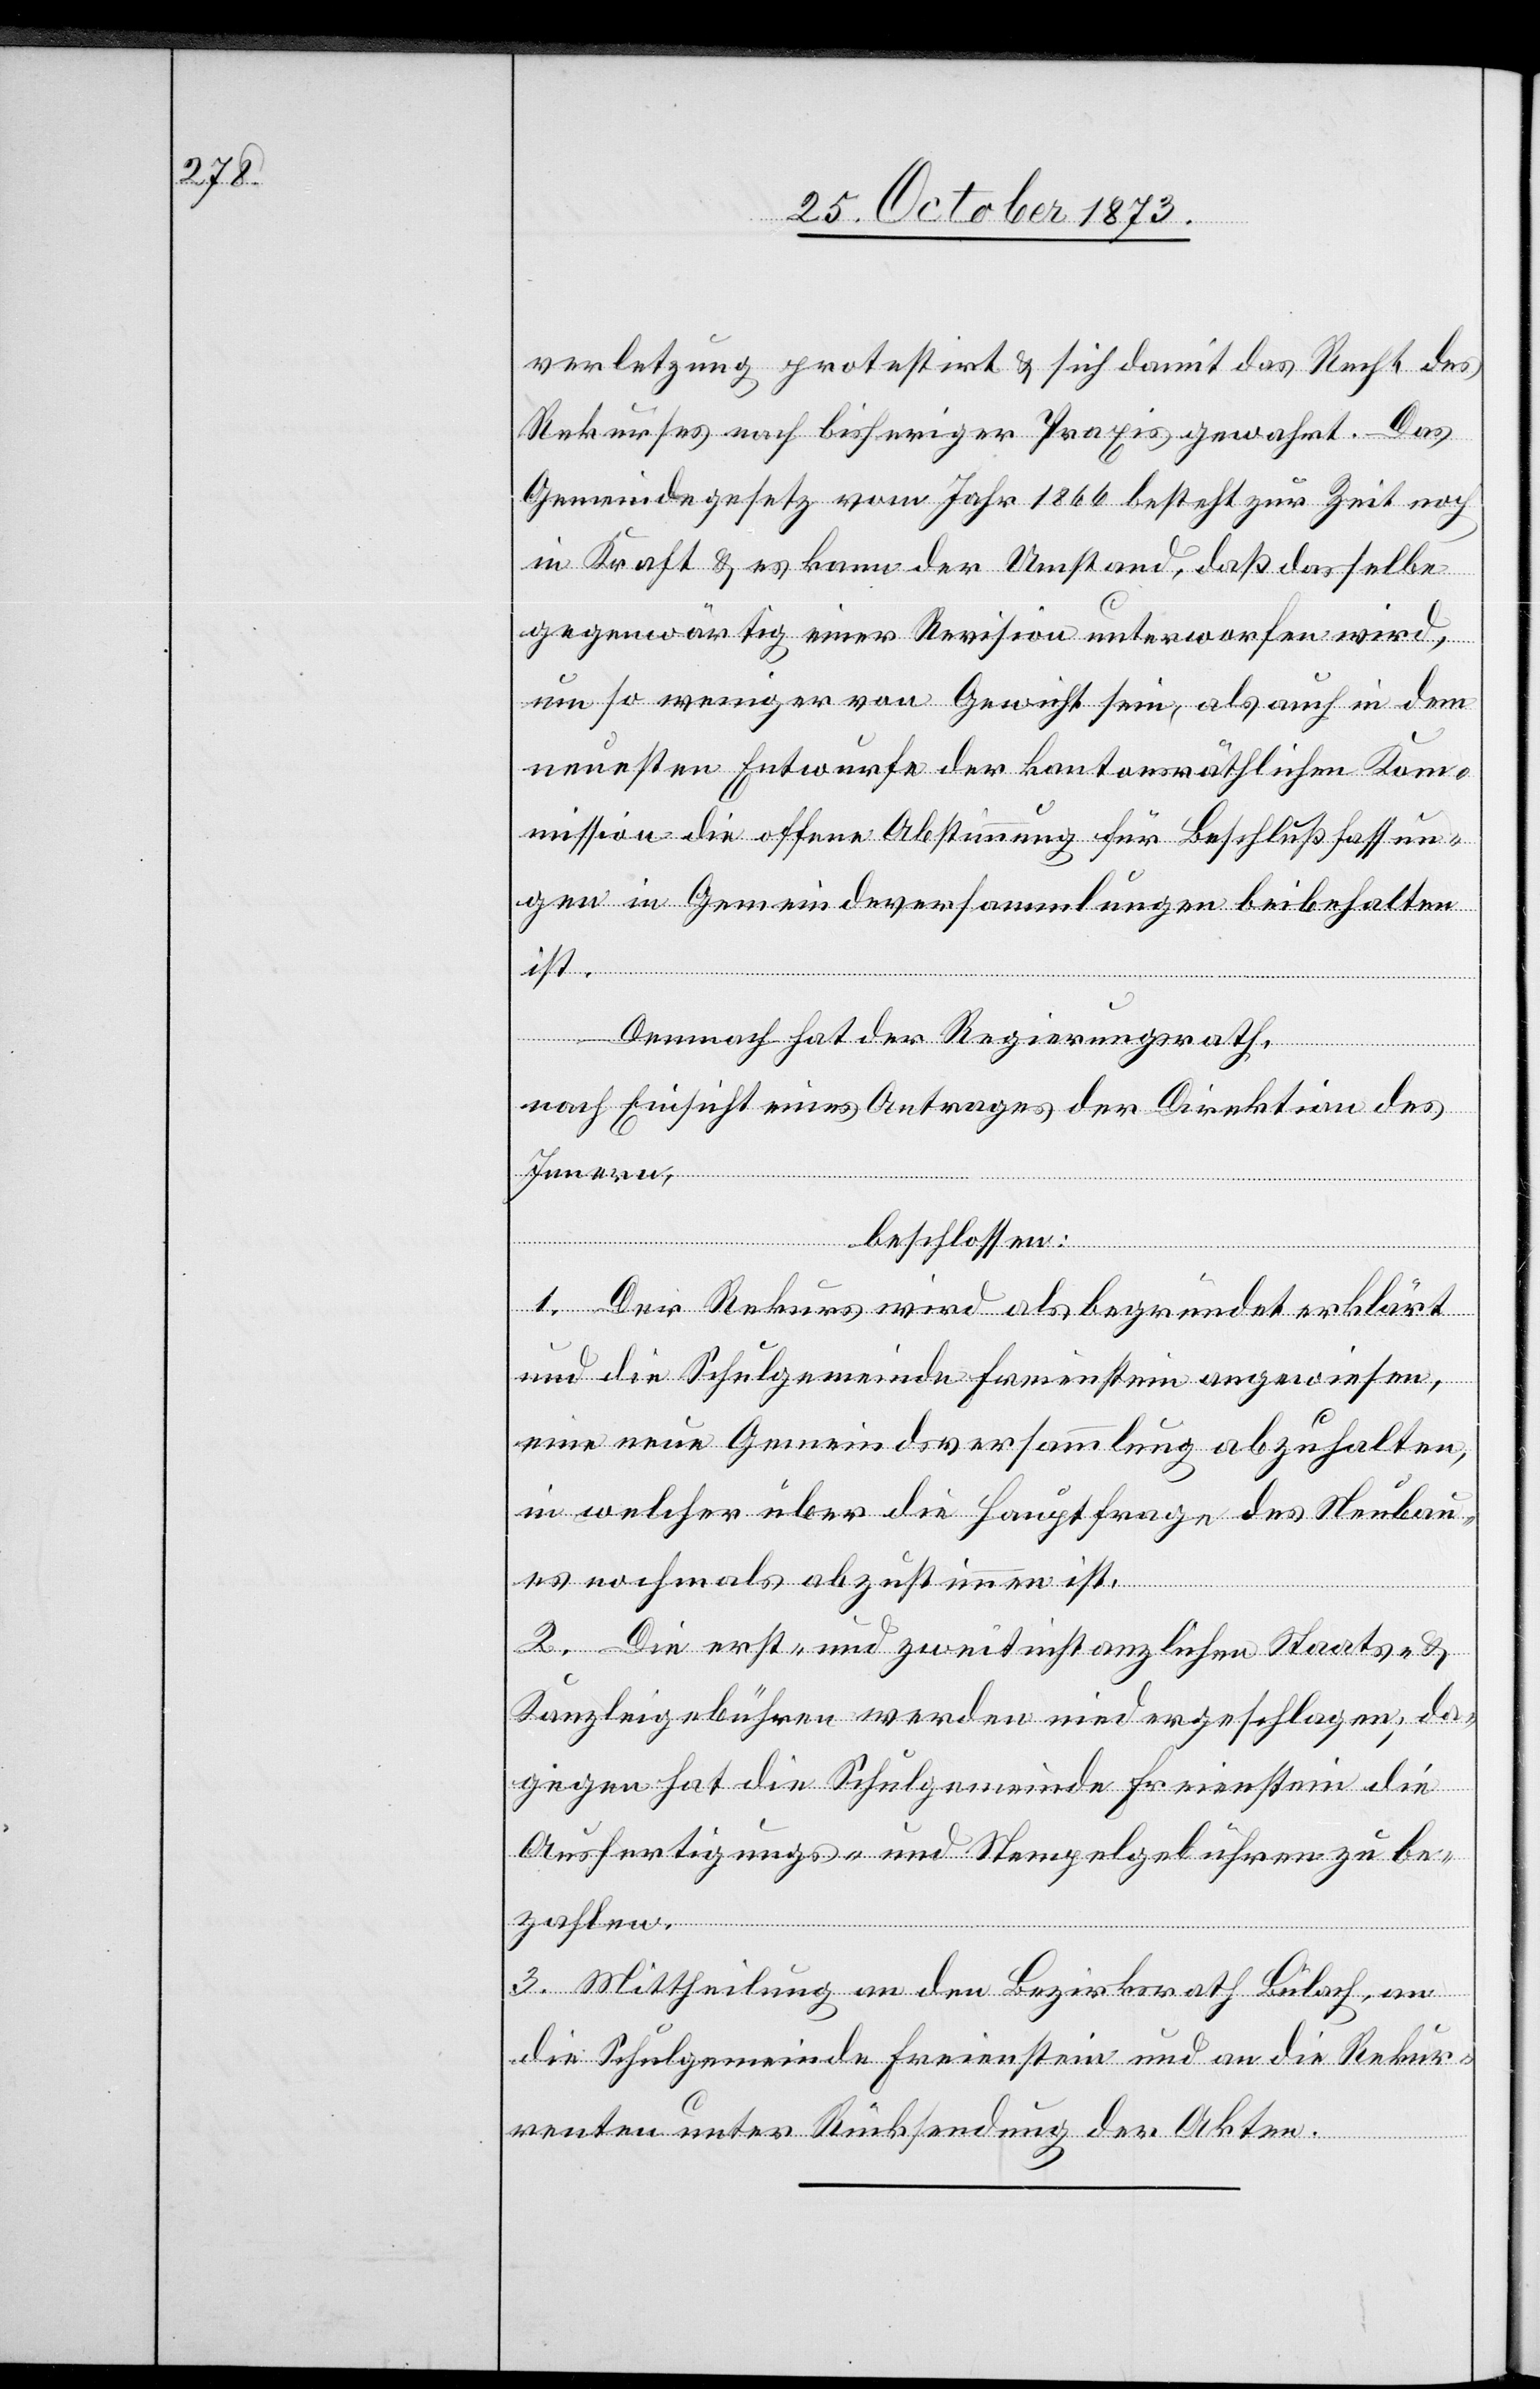
verletzung protestirt & sich damit das Recht des
Rekurses nach bisheriger Praxis gewahrt. Das
Gemeindegesetz vom Jahr 1866 besteht zur Zeit noch
in Kraft & es kann der Umstand, daß dasselbe
gegenwärtig einer Revision unterworfen wird,
um so weniger von Gewicht sein, als auch in dem
neuesten Entwurfe der kantonsräthlichen Kom¬
mission die offene Abstimmung für Beschlußfassun¬
gen in Gemeindeversammlungen beibehalten
ist.
Demnach hat der Regierungsrath,
nach Einsicht eines Antrages der Direktion des
Innern,
beschlossen:
1. Der Rekurs wird als begründet erklärt
und die Schulgemeinde Freienstein angewiesen,
eine neue Gemeindsversammlung abzuhalten,
in welcher über die Hauptfrage des Neubau¬
es nochmals abzustimmen ist.
2. Die erst- und zweitinstanzlichen Staats- &
Kanzleigebühren werden niedergeschlagen; da¬
gegen hat die Schulgemeinde Freienstein die
Ausfertigungs- und Stempelgebühren zu be¬
zahlen.
3. Mittheilung an den Bezirksrath Bülach, an
die Schulgemeinde Freienstein und an die Rekur¬
renten unter Rücksendung der Akten.